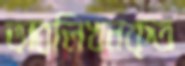
অবলিখনকৃত